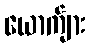
ယောက်ျား